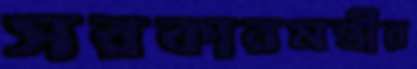
সরকারমন্ত্রীর